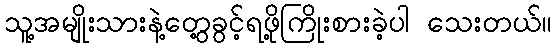
သူ့အမျိုးသားနဲ့တွေ့ခွင့်ရဖို့ကြိုးစားခဲ့ပါ သေးတယ်။